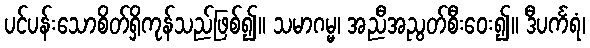
ပင်ပန်းသောစိတ်ရှိကုန်သည်ဖြစ်၍။ သမာဂမ္မ၊ အညီအညွတ်စီးဝေး၍။ ဒီပင်္ကရံ၊